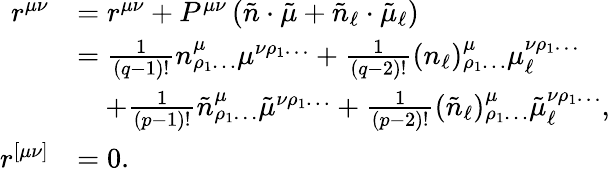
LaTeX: \begin{array}{rl}{r^{\mu\nu}}&{=r^{\mu\nu}+P^{\mu\nu}\left(\tilde{n}\cdot\tilde{\mu}+\tilde{n}_{\ell}\cdot\tilde{\mu}_{\ell}\right)}\\ &{=\frac{1}{(q-1)!}n^{\mu}_{\rho_{1}\ldots}\mu^{\nu\rho_{1}\ldots}+\frac{1}{(q-2)!}(n_{\ell})^{\mu}_{\rho_{1}\ldots}\mu_{\ell}^{\nu\rho_{1}\ldots}}\\ &{\quad+\frac{1}{(p-1)!}\tilde{n}^{\mu}_{\rho_{1}\ldots}\tilde{\mu}^{\nu\rho_{1}\ldots}+\frac{1}{(p-2)!}(\tilde{n}_{\ell})^{\mu}_{\rho_{1}\ldots}\tilde{\mu}_{\ell}^{\nu\rho_{1}\ldots},}\\ {r^{[\mu\nu]}}&{=0.}\end{array}